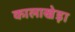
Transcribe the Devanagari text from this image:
कालाखेड़ा